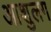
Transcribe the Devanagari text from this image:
आशुलग